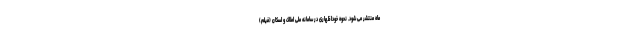
ماه منتشر می شود. نحوه خوداظهاری در سامانه ملی املاک و اسکان (فیلم)